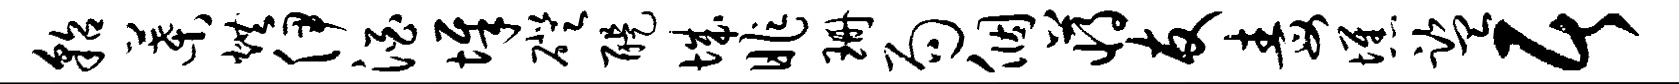
貂叶烘伊酒墀磴醍城昨珊局个蒋友毒憔监居